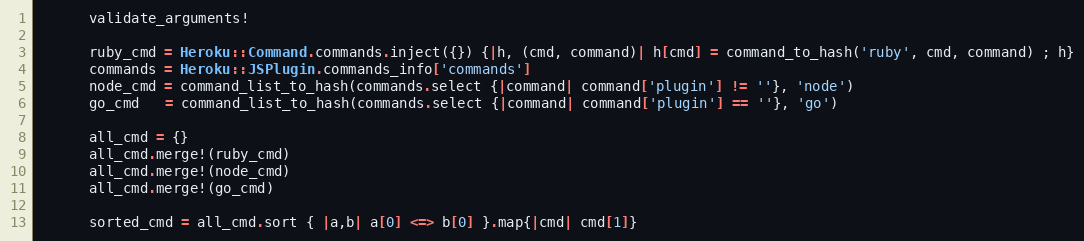
Language: Ruby
      validate_arguments!

      ruby_cmd = Heroku::Command.commands.inject({}) {|h, (cmd, command)| h[cmd] = command_to_hash('ruby', cmd, command) ; h}
      commands = Heroku::JSPlugin.commands_info['commands']
      node_cmd = command_list_to_hash(commands.select {|command| command['plugin'] != ''}, 'node')
      go_cmd   = command_list_to_hash(commands.select {|command| command['plugin'] == ''}, 'go')

      all_cmd = {}
      all_cmd.merge!(ruby_cmd)
      all_cmd.merge!(node_cmd)
      all_cmd.merge!(go_cmd)

      sorted_cmd = all_cmd.sort { |a,b| a[0] <=> b[0] }.map{|cmd| cmd[1]}